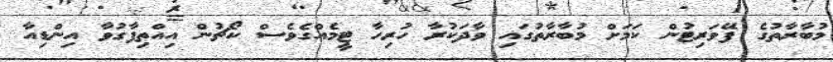
މުބާރާތުގެ ފޭވަރިޓުން ކަމަށް މުބާރާތުގައި ވާދަކުރާ ހުރިހާ ޓީމެއްގެވެސް ކޯޗުން އިއްތިފާގުވާ އިންޑިއާ